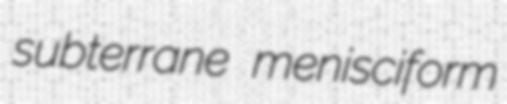
subterrane menisciform